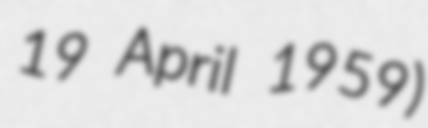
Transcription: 19 April 1959)